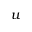
u